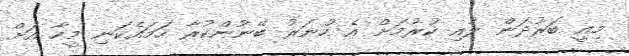
މިއީ ބަރުދަން ލުއި ކުރުމަށް އެ ހުނަރު ބޭނުންކުރާ ހަމައެކަނި މީހާ އަށް